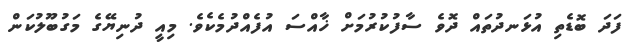
ފަދަ ބޮޑެތި އުޅަނދުތައް ދޮވެ ސާފުކުރުމަށް ޚާއްސަ އުފެއްދުމެކެވެ. މިއީ ދުނިޔޭގެ މަގުބޫލުކަން